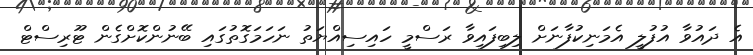
އެ ދައުވާ އުފުލީ އެމަނިކުފާނަށް ލިބިފައިވާ ރަސްމީ ހައިސިއްޔަތު ނަހަމަގޮތުގައި ބޭނުންކޮށްގެން ޓޫރިސްޓް